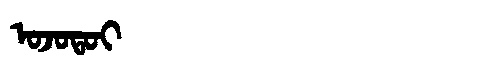
Manchu: ᠣᠵᠣᡨᠣᡳ
Romanization: OJOTOI